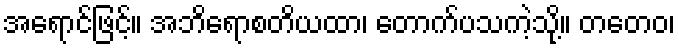
အရောင်ဖြင့်။ အဘိရောစတိယထာ၊ တောက်ပသကဲ့သို့။ တတေဝ၊